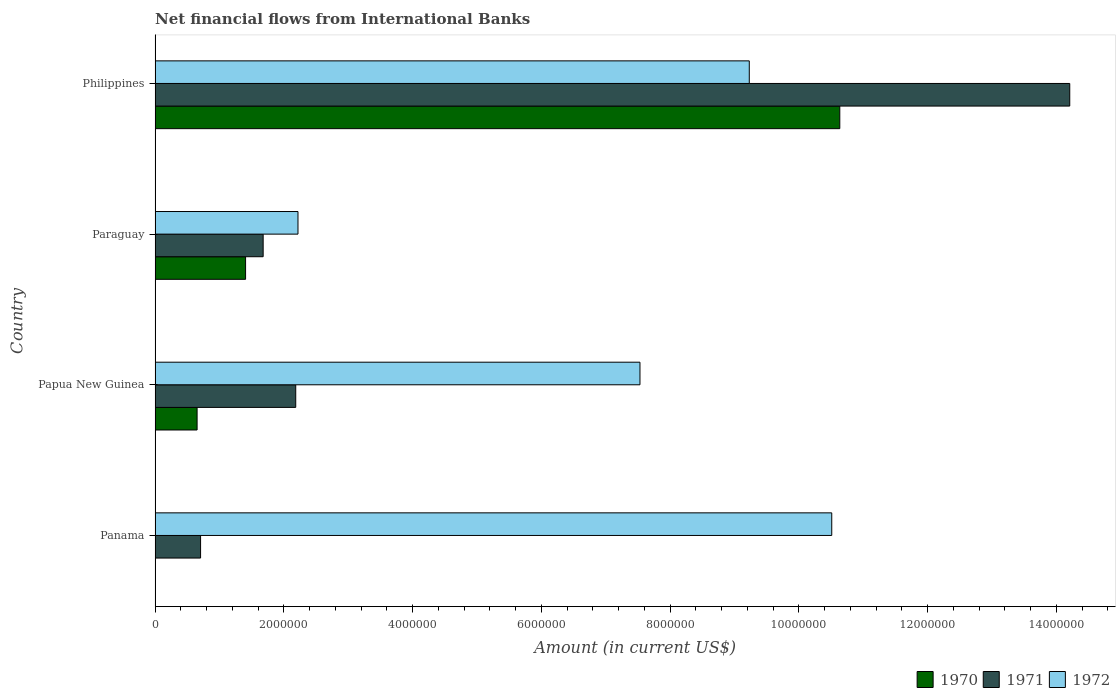
| Country | 1970 | 1971 | 1972 |
 | --- | --- | --- | --- |
 | Panama | -5.45e+05 | 7.07e+05 | 1.05e+07 |
 | Papua New Guinea | 6.53e+05 | 2.18e+06 | 7.53e+06 |
 | Paraguay | 1.41e+06 | 1.68e+06 | 2.22e+06 |
 | Philippines | 1.06e+07 | 1.42e+07 | 9.23e+06 |